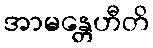
အာမန္တေဟီတိ